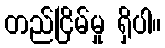
တည်ငြိမ်မှု ရှိပါ။